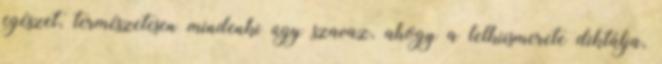
egészet, természetesen mindenki úgy szavaz, ahogy a lelkiismerete diktálja,